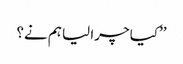
’’کیا چرا لیا ہم نے؟